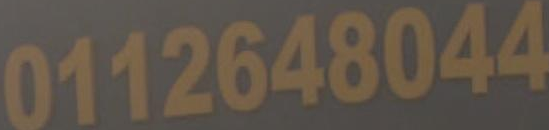
0112648044